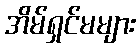
အိမ်ရှင်မများ